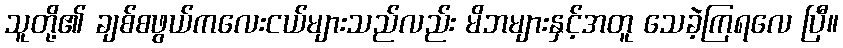
သူတို့၏ ချစ်စဖွယ်ကလေးငယ်များသည်လည်း မိဘများနှင့်အတူ သေခဲ့ကြရလေ ပြီ။